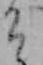
そ